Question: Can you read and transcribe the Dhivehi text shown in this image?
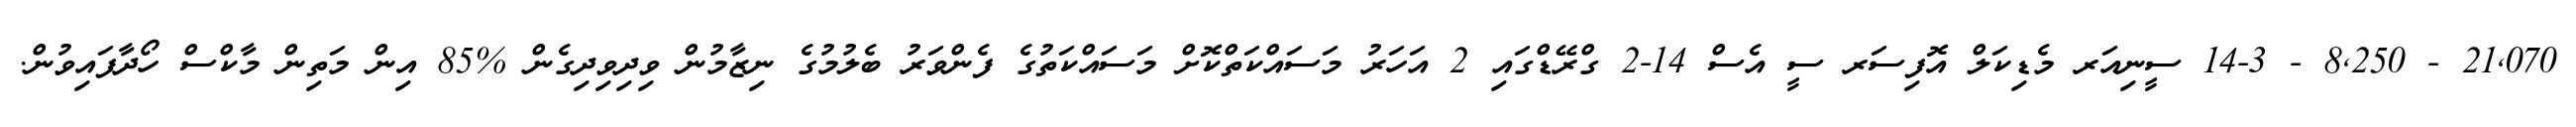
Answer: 21,070 - 8,250 - 14-3 ސީނިއަރ މެޑިކަލް އޮފިސަރ ސީ އެސް 14-2 ގްރޭޑްގައި 2 އަހަރު މަސައްކަތްކޮށް މަސައްކަތުގެ ފެންވަރު ބެލުމުގެ ނިޒާމުން ވިދިވިދިގެން %85 އިން މަތިން މާކްސް ހޯދާފައިވުން.